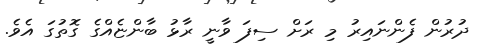
ދުރުން ފެންނައިރު މި ރަށް ސިފަ ވާނީ ރާޅު ބާންޏެއްގެ ގޮތުގަ އެވެ.